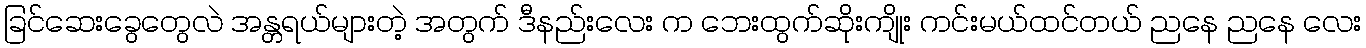
ခြင်ဆေးခွေတွေလဲ အန္တရယ်များတဲ့ အတွက် ဒီနည်းလေး က ဘေးထွက်ဆိုးကျိုး ကင်းမယ်ထင်တယ် ညနေ ညနေ လေး